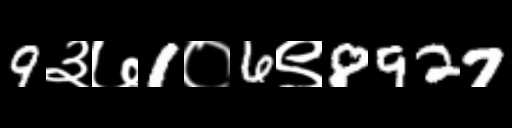
Text: 9३७1०6९8927